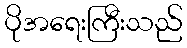
ပိုအရေးကြီးသည်